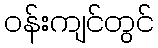
ဝန်းကျင်တွင်